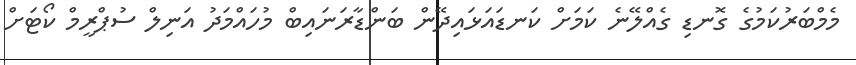
މެމްބަރުކަމުގެ ގޮނޑި ގެއްލޭނެ ކަމަށް ކަނޑައަޅައިދޭން ބަންޑާރަނައިބް މުހައްމަދު އަނިލް ސުޕްރީމް ކޯޓަށް